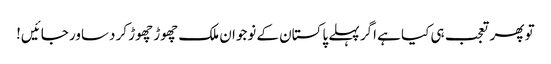
تو پھر تعجب ہی کیا ہے اگر پہلے پاکستان کے نوجوان ملک چھوڑ چھوڑ کر دساور جائیں!